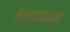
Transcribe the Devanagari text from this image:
हायफ़नेशन